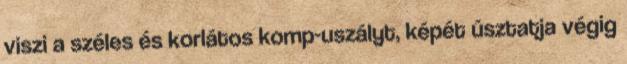
viszi a széles és korlátos komp-uszályt, képét úsztatja végig